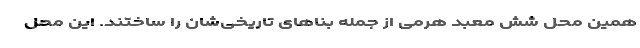
همین محل شش معبد هرمی از جمله بناهای تاریخی‌شان را ساختند. این محل